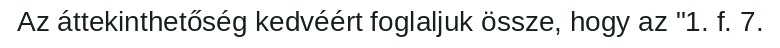
Az áttekinthetőség kedvéért foglaljuk össze, hogy az "1. f. 7.